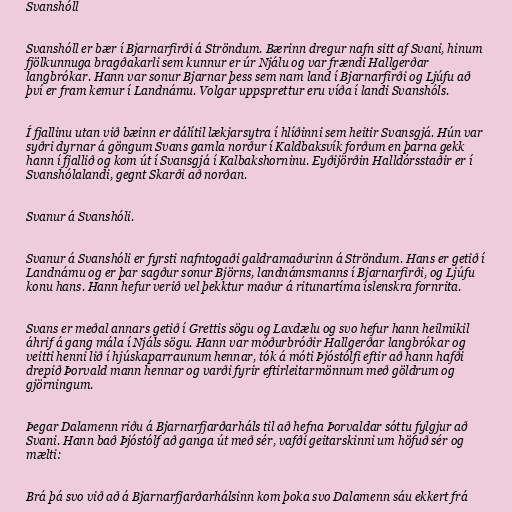
Svanshóll

Svanshóll er bær í Bjarnarfirði á Ströndum. Bærinn dregur nafn sitt af Svani, hinum
fjölkunnuga bragðakarli sem kunnur er úr Njálu og var frændi Hallgerðar
langbrókar. Hann var sonur Bjarnar þess sem nam land í Bjarnarfirði og Ljúfu að
því er fram kemur í Landnámu. Volgar uppsprettur eru víða í landi Svanshóls.

Í fjallinu utan við bæinn er dálítil lækjarsytra í hlíðinni sem heitir Svansgjá. Hún var
syðri dyrnar á göngum Svans gamla norður í Kaldbaksvík forðum en þarna gekk
hann í fjallið og kom út í Svansgjá í Kalbakshorninu. Eyðijörðin Halldórsstaðir er í
Svanshólalandi, gegnt Skarði að norðan.

Svanur á Svanshóli.

Svanur á Svanshóli er fyrsti nafntogaði galdramaðurinn á Ströndum. Hans er getið í
Landnámu og er þar sagður sonur Björns, landnámsmanns í Bjarnarfirði, og Ljúfu
konu hans. Hann hefur verið vel þekktur maður á ritunartíma íslenskra fornrita.

Svans er meðal annars getið í Grettis sögu og Laxdælu og svo hefur hann heilmikil
áhrif á gang mála í Njáls sögu. Hann var móðurbróðir Hallgerðar langbrókar og
veitti henni lið í hjúskaparraunum hennar, tók á móti Þjóstólfi eftir að hann hafði
drepið Þorvald mann hennar og varði fyrir eftirleitarmönnum með göldrum og
gjörningum.

Þegar Dalamenn riðu á Bjarnarfjarðarháls til að hefna Þorvaldar sóttu fylgjur að
Svani. Hann bað Þjóstólf að ganga út með sér, vafði geitarskinni um höfuð sér og
mælti:

Brá þá svo við að á Bjarnarfjarðarhálsinn kom þoka svo Dalamenn sáu ekkert frá